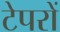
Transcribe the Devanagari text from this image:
टेपरों